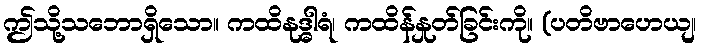
ဤသို့သဘောရှိသော။ ကထိနုဒ္ဓါရံ၊ ကထိန်နှုတ်ခြင်းကို။ (ပတိဗာဟေယျ၊